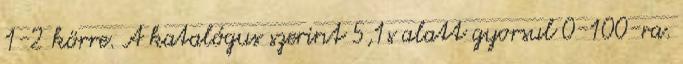
1-2 körre. A katalógus szerint 5,1s alatt gyorsul 0-100-ra.